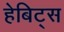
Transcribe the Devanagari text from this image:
हेबिट्स